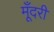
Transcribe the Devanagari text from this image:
मूँदरी